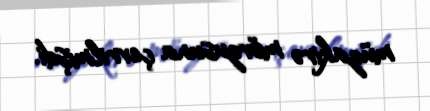
müzakirə mövzusuna çevrilmişdi.